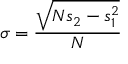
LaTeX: \sigma = { \frac { \sqrt { N s _ { 2 } - s _ { 1 } ^ { 2 } } } { N } }